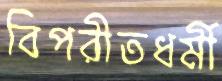
বিপরীতধর্মী